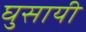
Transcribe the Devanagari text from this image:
घुसायी